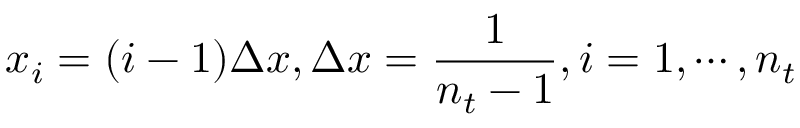
x _ { i } = ( i - 1 ) \Delta x , \Delta x = \frac { 1 } { n _ { t } - 1 } , i = 1 , \cdots , n _ { t }